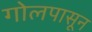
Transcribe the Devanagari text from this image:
गोलपासून